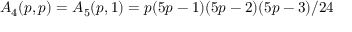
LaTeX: A _ { 4 } ( p , p ) = A _ { 5 } ( p , 1 ) = p ( 5 p - 1 ) ( 5 p - 2 ) ( 5 p - 3 ) / 2 4